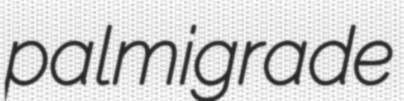
palmigrade